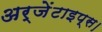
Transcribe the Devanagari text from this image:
अर्जेंटाइप्स।